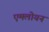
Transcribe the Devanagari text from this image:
एमलोयन